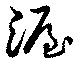
渥